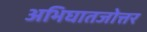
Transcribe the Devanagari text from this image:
अभिघातजोत्तर